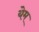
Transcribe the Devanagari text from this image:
येम